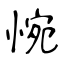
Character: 惋